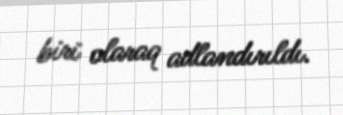
biri olaraq adlandırıldı.